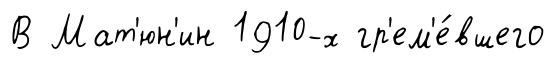
В Мат'юн'ин 1910-х гр'ем'е́вшего